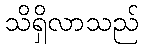
သိရှိလာသည်